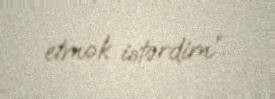
etmək istərdim”.